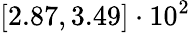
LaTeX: \left[2.87,3.49\right]\cdot 10^{2}